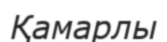
Қамарлы